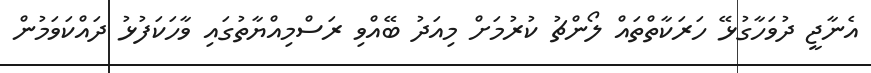
އެނާޖީ ދުވަހާގުޅޭ ހަރަކާތްތައް ލޯންޗު ކުރުމަށް މިއަދު ބޭއްވި ރަސްމިއްޔާތުގައި ވާހަކަފުޅު ދައްކަވަމުން